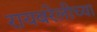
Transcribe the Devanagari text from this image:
रायबरेलीच्या